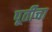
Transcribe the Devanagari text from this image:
पूर्तीचा